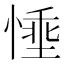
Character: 𪬗